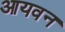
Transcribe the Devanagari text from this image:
आयवन